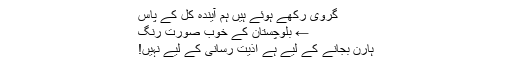
گروی رکھے ہوئے ہیں ہم آیندہ کل کے پاس
← بلوچستان کے خوب صورت رنگ
ہارن بجانے کے لیے ہے اذیت رسانی کے لیے نہیں!